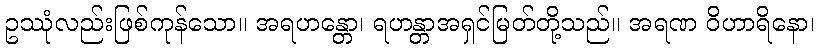
ဥဿုံလည်းဖြစ်ကုန်သော။ အရဟန္တော၊ ရဟန္တာအရှင်မြတ်တို့သည်။ အရဏ ဝိဟာရိနော၊